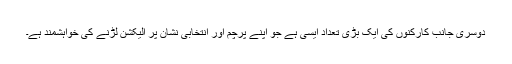
دوسری جانب کارکنوں کی ایک بڑی تعداد ایسی ہے جو اپنے پرچم اور انتخابی نشان پر الیکشن لڑنے کی خواہشمند ہے۔